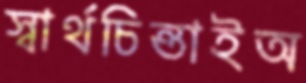
স্বার্থচিন্তাইঅ